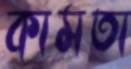
কামতা